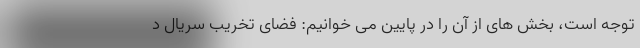
توجه است، بخش های از آن را در پایین می خوانیم: فضای تخریب سریال د